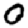
Digit: 0